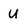
Character: U